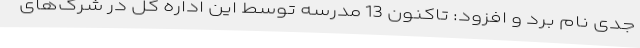
جدی نام برد و افزود: تاکنون 13 مدرسه توسط این اداره کل در شرک‌های